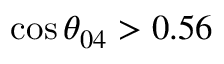
\cos \theta _ { 0 4 } > 0 . 5 6